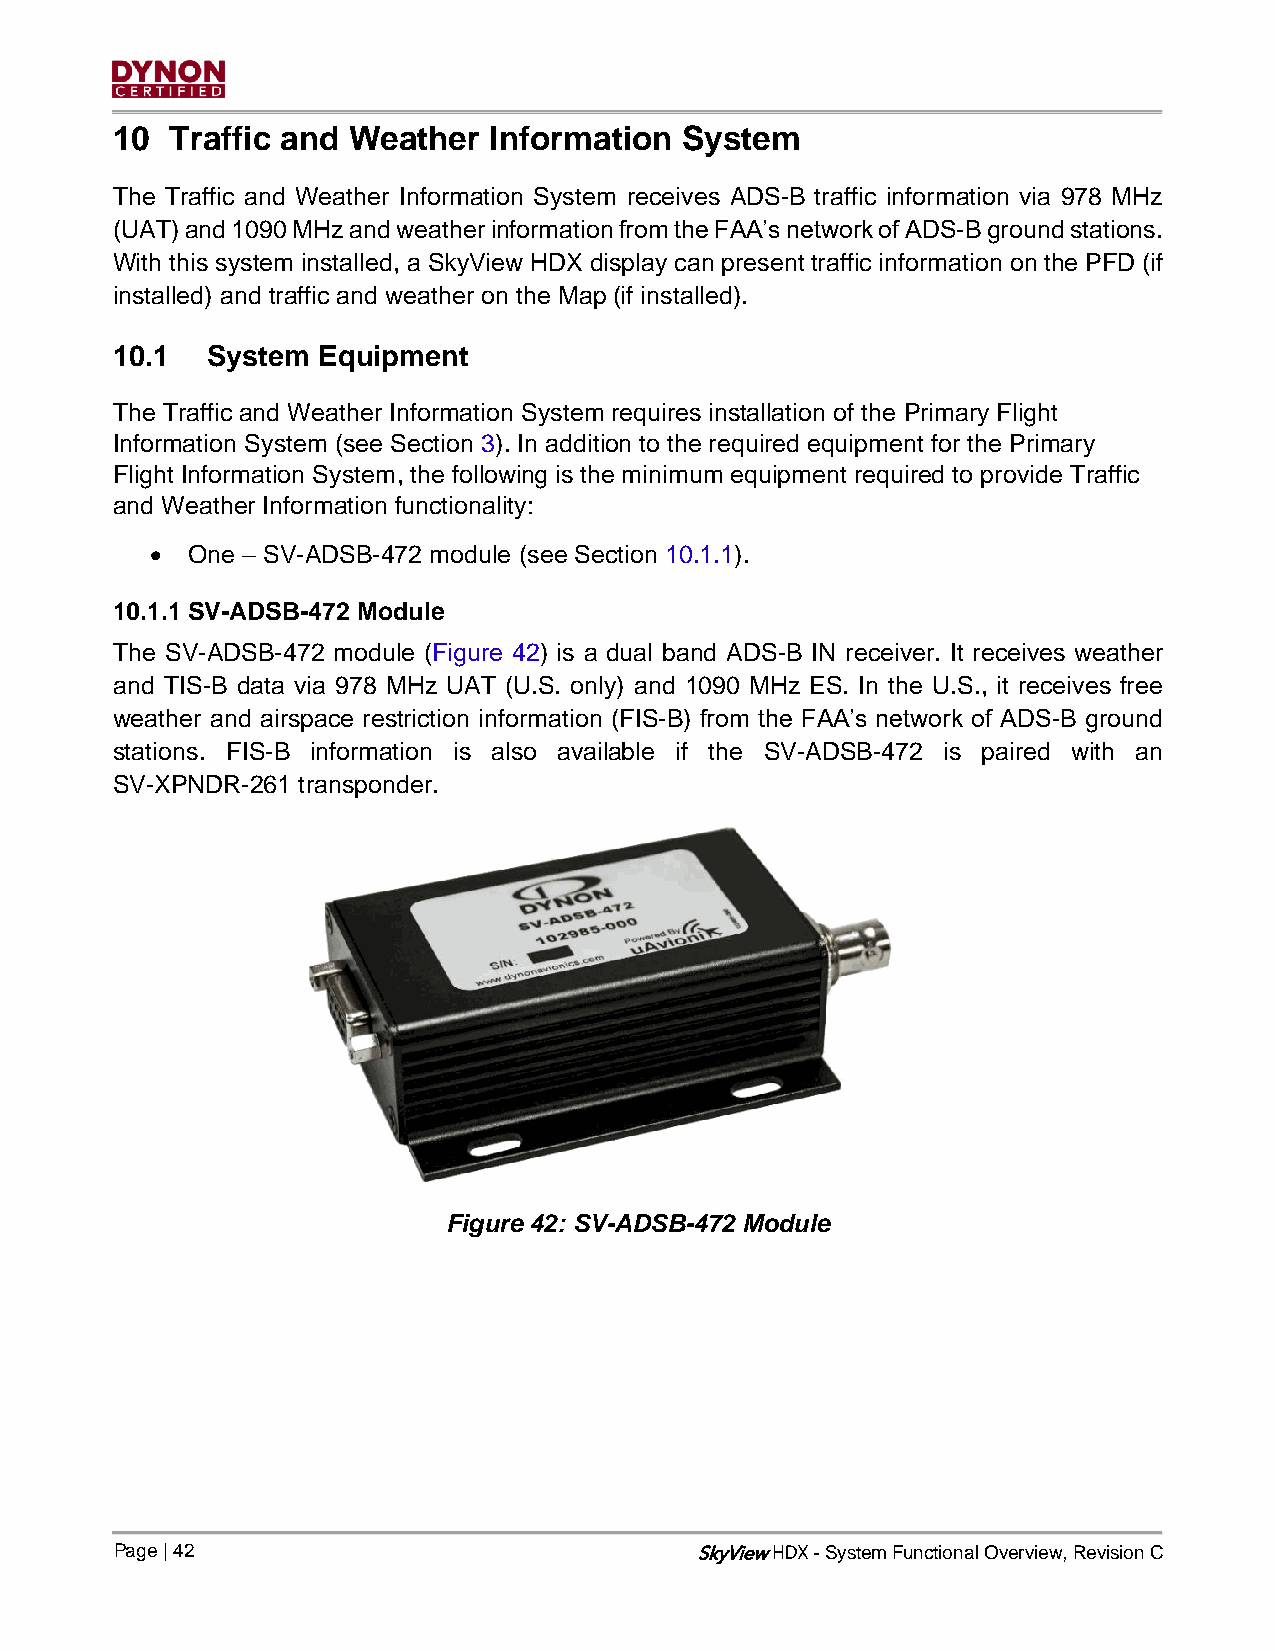
10  Traffic and Weather  Information  System
 The Traffic and Weather Information System receives ADS-B traffic information via 978 MHz
 (UAT) and 1090 MHz and weather information from the FAA’s network of ADS-B ground stations.
 With this system installed, a SkyView HDX display can present traffic information on the PFD (if
 installed) and traffic and weather on the Map (if installed).
 10.1   System Equipment
 The Traffic and Weather Information System requires installation of the Primary Flight
 Information System (see Section 3). In addition to the required equipment for the Primary
 Flight Information System, the following is the minimum equipment required to provide Traffic
 and Weather Information functionality:
 • One – SV-ADSB-472 module (see Section 10.1.1).
 10.1.1 SV-ADSB-472 Module
 The SV-ADSB-472 module (Figure 42) is a dual band ADS-B IN receiver. It receives weather
 and TIS-B data via 978 MHz UAT (U.S. only) and 1090 MHz ES. In the U.S., it receives free
 weather and airspace restriction information (FIS-B) from the FAA’s network of ADS-B ground
 stations. FIS-B information is also available if the SV-ADSB-472 is paired with an
 SV-XPNDR-261 transponder.
 Figure 42: SV-ADSB-472 Module
 Page | 42                             SkyView - System Functional Overview, Revision C